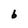
Character: b